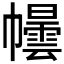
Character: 𪩿